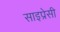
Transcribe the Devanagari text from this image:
साइप्रेसी